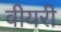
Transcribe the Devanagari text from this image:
वीयरी